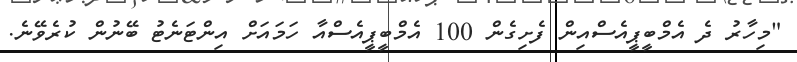
"މިހާރު ދެ އެމްބީޕީއެސްއިން ފެށިގެން 100 އެމްބީޕީއެސްއާ ހަމައަށް އިންޓަނެޓު ބޭނުން ކުރެވޭނެ.